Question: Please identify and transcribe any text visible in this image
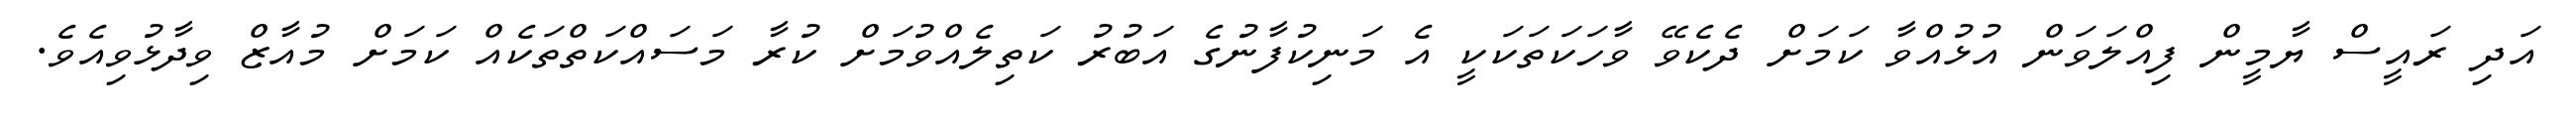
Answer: އަދި ރައީސް ޔާމީން ފިއްލަވަން އުޅުއްވާ ކަމަށް ދެކެވޭ ވާހަކަތަކަކީ އެ މަނިކުފާނުގެ އަބުރު ކަތިލެއްވުމަށް ކުރާ މަސައްކަތްތަކެއް ކަމަށް މުއާޒް ވިދާޅުވިއެވެ.